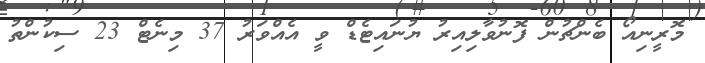
މޮރީނިއޯ ބެންޗުން ފޮނުވާލިއިރު ޔުނައިޓެޑް ވީ އެއްވަރު 37 މިނެޓް 23 ސިކުންތު